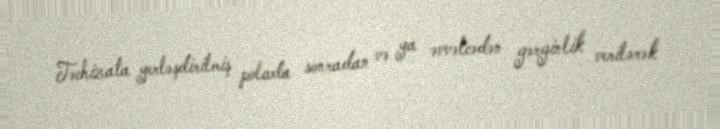
Təchizata yerləşdirilmiş polada sonradan və ya əvvəlcədən gərginlik verilərək